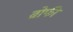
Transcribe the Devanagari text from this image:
ब्रोफी